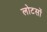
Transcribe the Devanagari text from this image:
लोटसों